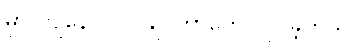
မှာ ကျနော် လုပ်ချင်တာတွေ လုပ်ခဲ့တယ်။